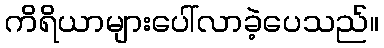
ကိရိယာများပေါ်လာခဲ့ပေသည်။